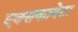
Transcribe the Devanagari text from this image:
एक्सकावेटा